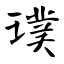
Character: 璞